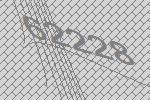
62228